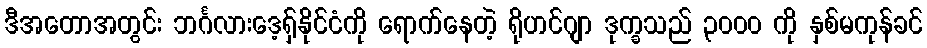
ဒီအတောအတွင်း ဘင်္ဂလားဒေ့ရှ်နိုင်ငံကို ရောက်နေတဲ့ ရိုဟင်ဂျာ ဒုက္ခသည် ၃၀၀၀ ကို နှစ်မကုန်ခင်